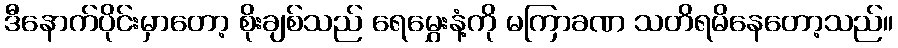
ဒီနောက်ပိုင်းမှာတော့ စိုးချစ်သည် ရေမွှေးနံ့ကို မကြာခဏ သတိရမိနေတော့သည်။